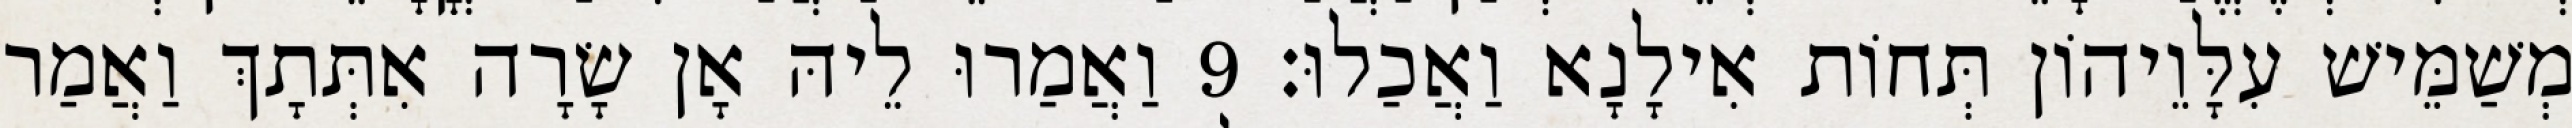
מְשַׁמֵּישׁ עִלָּוֵיהוֹן תְּחוֹת אִילָנָא וַאֲכַלוּ׃ 9 וַאֲמַרוּ לֵיהּ אָן שָׂרָה אִתְּתָךְ וַאֲמַר